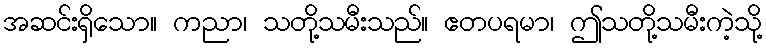
အဆင်းရှိသော။ ကညာ၊ သတို့သမီးသည်။ ဧတပရမာ၊ ဤသတို့သမီးကဲ့သို့